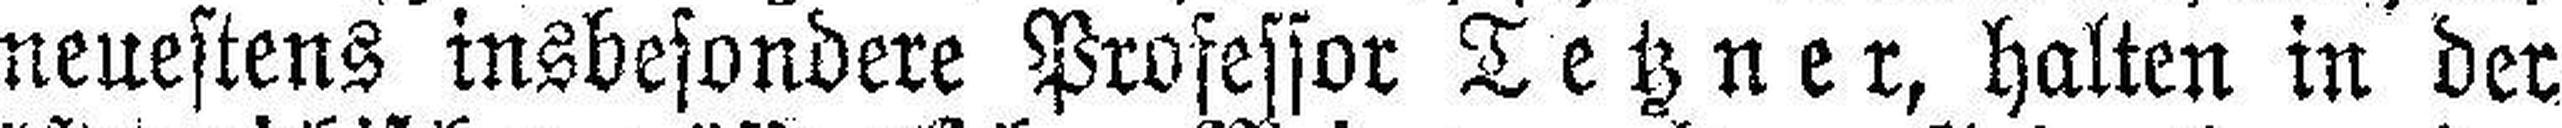
neuestens insbesondere Professor Tetzner, halten in der